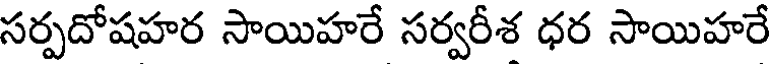
సర్పదోషహర సాయిహరే సర్వరీశ ధర సాయిహరే